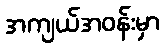
အကျယ်အဝန်းမှာ